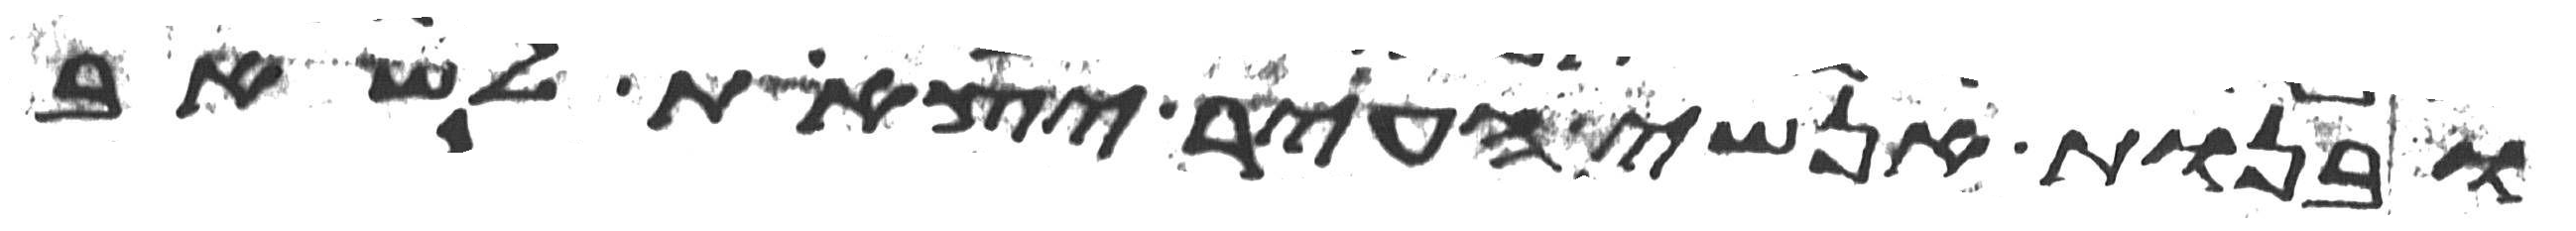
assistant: ובנות אנשי העיר יצאת לשאב